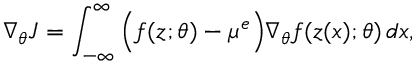
\nabla _ { \theta } J = \int _ { - \infty } ^ { \infty } \Big ( f ( z ; \theta ) - \mu ^ { e } \Big ) \nabla _ { \theta } f ( z ( x ) ; \theta ) \, d x ,